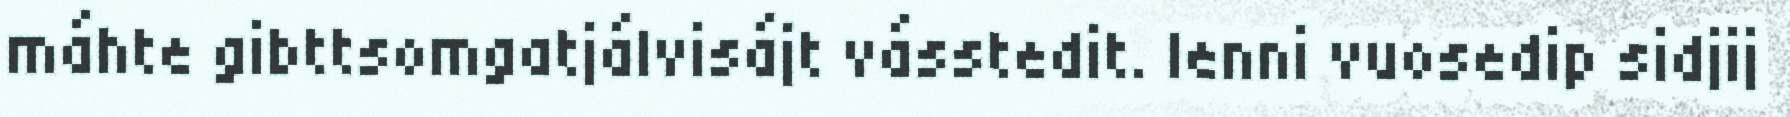
máhte gibttsomgatjálvisájt vásstedit. Ienni vuosedip sidjij